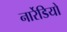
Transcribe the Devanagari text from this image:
नार्रेडियो